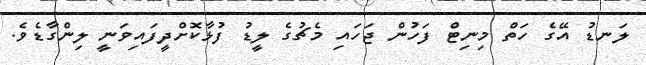
ލަނޑު އޭގެ ހަތް މިނިޓް ފަހުން ޖަހައި މެޗުގެ ލީޑު ފުޅާކޮށްދީފައިވަނީ ލިންގާޑެވެ.